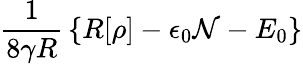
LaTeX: \frac{1}{8\gamma R}\, \left\{ R[\rho]-\epsilon_{0}{\cal N}-E_{0}\right\}